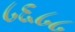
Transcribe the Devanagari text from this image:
८६८८